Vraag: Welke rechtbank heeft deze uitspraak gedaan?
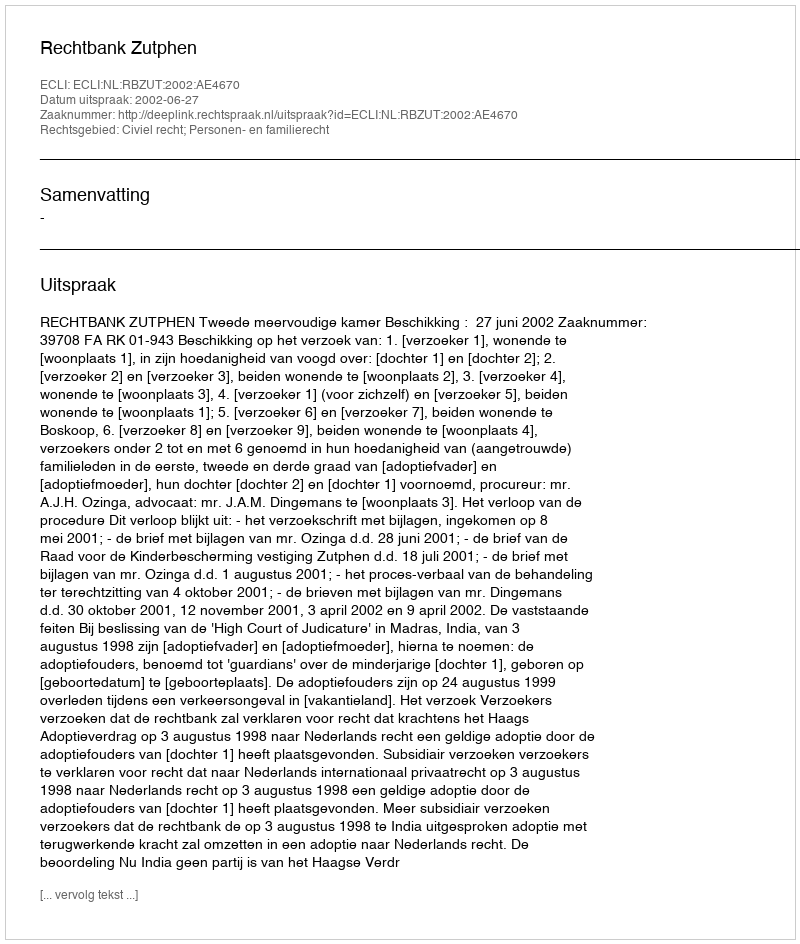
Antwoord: Rechtbank Zutphen